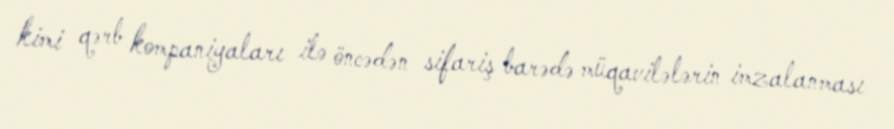
kimi qərb kompaniyaları ilə öncədən sifariş barədə müqavilələrin imzalanması